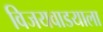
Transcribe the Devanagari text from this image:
विजयवाडयाला